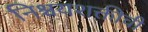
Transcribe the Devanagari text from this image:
निश्चयशक्तीची